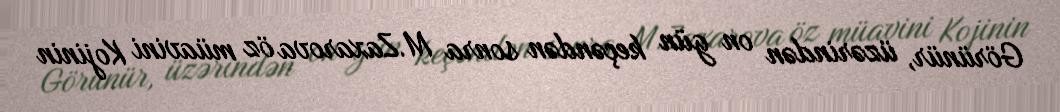
Görünür, üzərindən on gün keçəndən sonra M.Zaxarova öz müavini Kojinin